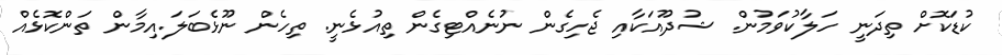
ކުޑަކޮށް ތިދަނީ ހަލާކުވަމުން. ޝުދޫއަކާއި ޖެހިގެން ނުނެއްޓިގެން ތިއުޅެނީ. ތިހެން ނޫޅެބަލަ.އިމާން ތަންކޮޅެއް